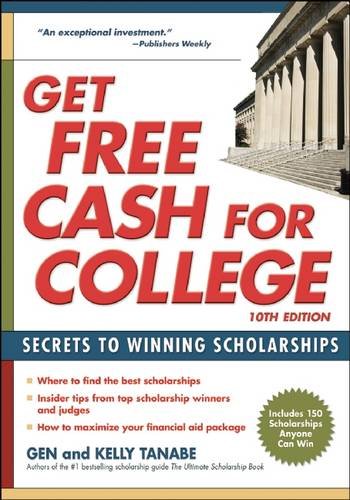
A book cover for Get Free Cash for College: Secrets to Winning Scholarships; Gen Tanabe; Business & Money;